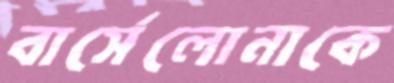
বার্সেলোনাকে